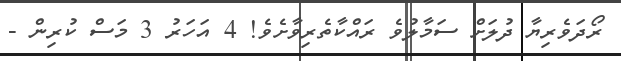
ރޯދަވެރިޔާ ދުލަށް ސަމާލުވެ ރައްކާތެރިވާށެވެ! 4 އަހަރު 3 މަސް ކުރިން -